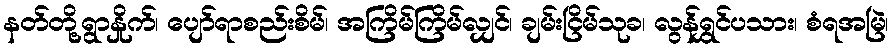
နတ်တို့ရွာနှိုက်၊ ပျော်ရာစည်းစိမ်၊ အကြိမ်ကြိမ်လျှင်၊ ချမ်းငြိမ်သုခ၊ လွန်ရွှင်ပသား၊ စံရအမြဲ၊